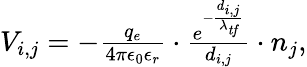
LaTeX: \begin{array}{r}{V_{i,j}=-\frac{q_{e}}{4\pi\epsilon_{0}\epsilon_{r}}\cdot\frac{e^{-\frac{{d_{i,j}}}{\lambda_{\mathit{tf}}}}}{d_{i,j}}\cdot n_{j},}\end{array}